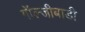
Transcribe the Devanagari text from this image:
गॉल्जीबाडी